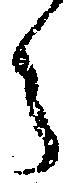
ら